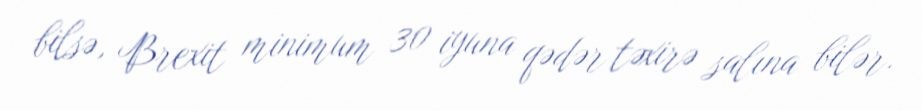
bilsə, Brexit minimum 30 iyuna qədər təxirə salına bilər.